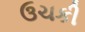
ઉચકી